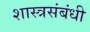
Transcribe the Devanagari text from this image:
शास्त्रसंबंधी